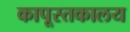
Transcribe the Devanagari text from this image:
कापूस्तकालय